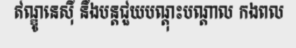
ឥណ្ឌូនេស៊ី នឹងបន្តជួយបណ្តុះបណ្តាល កងពល